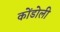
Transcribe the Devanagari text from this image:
कोंडोली